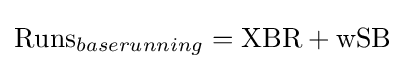
{\text{Runs}}_{baserunning}={\text{XBR}}+{\text{wSB}}